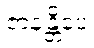
ဇာနန္တိပေ